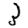
Digit: 3